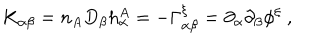
K _ { \alpha \beta } = n _ { A } D _ { \beta } h _ { \alpha } ^ { A } = - \Gamma _ { \alpha \beta } ^ { \xi } = \partial _ { \alpha } \partial _ { \beta } \phi ^ { \xi } ~ ,